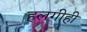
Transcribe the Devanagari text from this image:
हलगीही